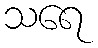
သရေ